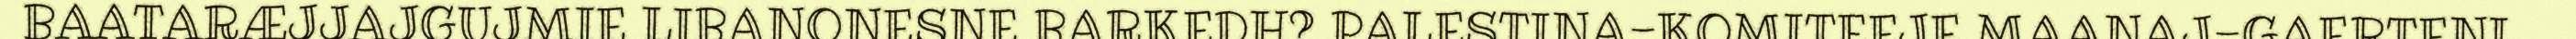
BAATARÆJJAJGUJMIE LIBANONESNE BARKEDH? PALESTINA-KOMITEEJE MAANAJ-GAERTENI